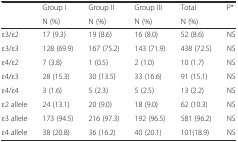
<table><thead><tr><td rowspan="2"></td><td><b>Group I</b></td><td><b>Group II</b></td><td><b>Group III</b></td><td><b>Total</b></td><td rowspan="2"><b>P*</b></td></tr><tr><td><b>N (%)</b></td><td><b>N (%)</b></td><td><b>N (%)</b></td><td><b>N (%)</b></td></tr></thead><tbody><tr><td>ε3/ε2</td><td>17 (9.3)</td><td>19 (8.6)</td><td>16 (8.0)</td><td>52 (8.6)</td><td>NS</td></tr><tr><td>ε3/ε3</td><td>128 (69.9)</td><td>167 (75.2)</td><td>143 (71.9)</td><td>438 (72.5)</td><td>NS</td></tr><tr><td>ε4/ε2</td><td>7 (3.8)</td><td>1 (0.5)</td><td>2 (1.0)</td><td>10 (1.7)</td><td>NS</td></tr><tr><td>ε4/ε3</td><td>28 (15.3)</td><td>30 (13.5)</td><td>33 (16.6)</td><td>91 (15.1)</td><td>NS</td></tr><tr><td>ε4/ε4</td><td>3 (1.6)</td><td>5 (2.3)</td><td>5 (2.5)</td><td>13 (2.2)</td><td>NS</td></tr><tr><td>ε2 allele</td><td>24 (13.1)</td><td>20 (9.0)</td><td>18 (9.0)</td><td>62 (10.3)</td><td>NS</td></tr><tr><td>ε3 allele</td><td>173 (94.5)</td><td>216 (97.3)</td><td>192 (96.5)</td><td>581 (96.2)</td><td>NS</td></tr><tr><td>ε4 allele</td><td>38 (20.8)</td><td>36 (16.2)</td><td>40 (20.1)</td><td>101(18.9)</td><td>NS</td></tr></tbody></table>